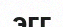
эгг